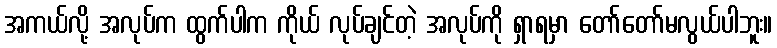
အကယ်လို့ အလုပ်က ထွက်ပါက ကိုယ် လုပ်ချင်တဲ့ အလုပ်ကို ရှာရမှာ တော်တော်မလွယ်ပါဘူး။